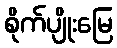
စိုက်ပျိုးမြေ